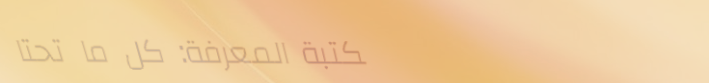
مكتبة المعرفة: كل ما تحتا